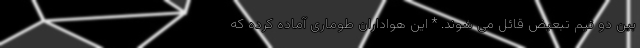
بین دو تیم تبعیض قائل می شوند. * این هواداران طوماری آماده کرده که